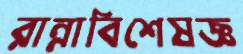
রান্নাবিশেষজ্ঞ